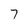
Character: 7